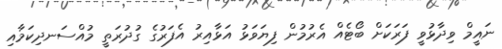
ނައީމް ވިދާޅުވީ ފަރަކަށް ބޯޓެއް އެރުމުން ފިޔަވަޅު އަޅާއިރު އެފަރުގެ ގުދުރަތީ މުއްސަނދިކަމާއި